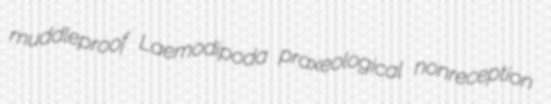
muddleproof Laemodipoda praxeological nonreception